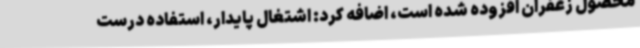
محصول زعفران افزوده شده است، اضافه کرد: اشتغال پایدار، استفاده درست